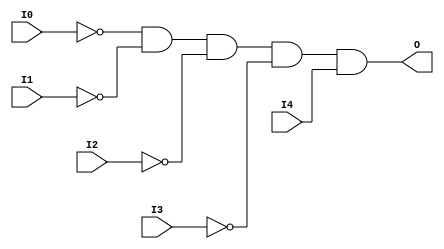
// $Header: /devl/xcs/repo/env/Databases/CAEInterfaces/verunilibs/s/AND5B4.v,v 1.8 2003/01/21 01:55:22 wloo Exp $

/*

FUNCTION	: 5-INPUT AND GATE

*/

`timescale  100 ps / 10 ps


module AND5B4 (O, I0, I1, I2, I3, I4);

    output O;

    input  I0, I1, I2, I3, I4;

    not N3 (i3_inv, I3);
    not N2 (i2_inv, I2);
    not N1 (i1_inv, I1);
    not N0 (i0_inv, I0);
    and A1 (O, i0_inv, i1_inv, i2_inv, i3_inv, I4);

    specify
	(I0 *> O) = (0, 0);
	(I1 *> O) = (0, 0);
	(I2 *> O) = (0, 0);
	(I3 *> O) = (0, 0);
	(I4 *> O) = (0, 0);
    endspecify

endmodule